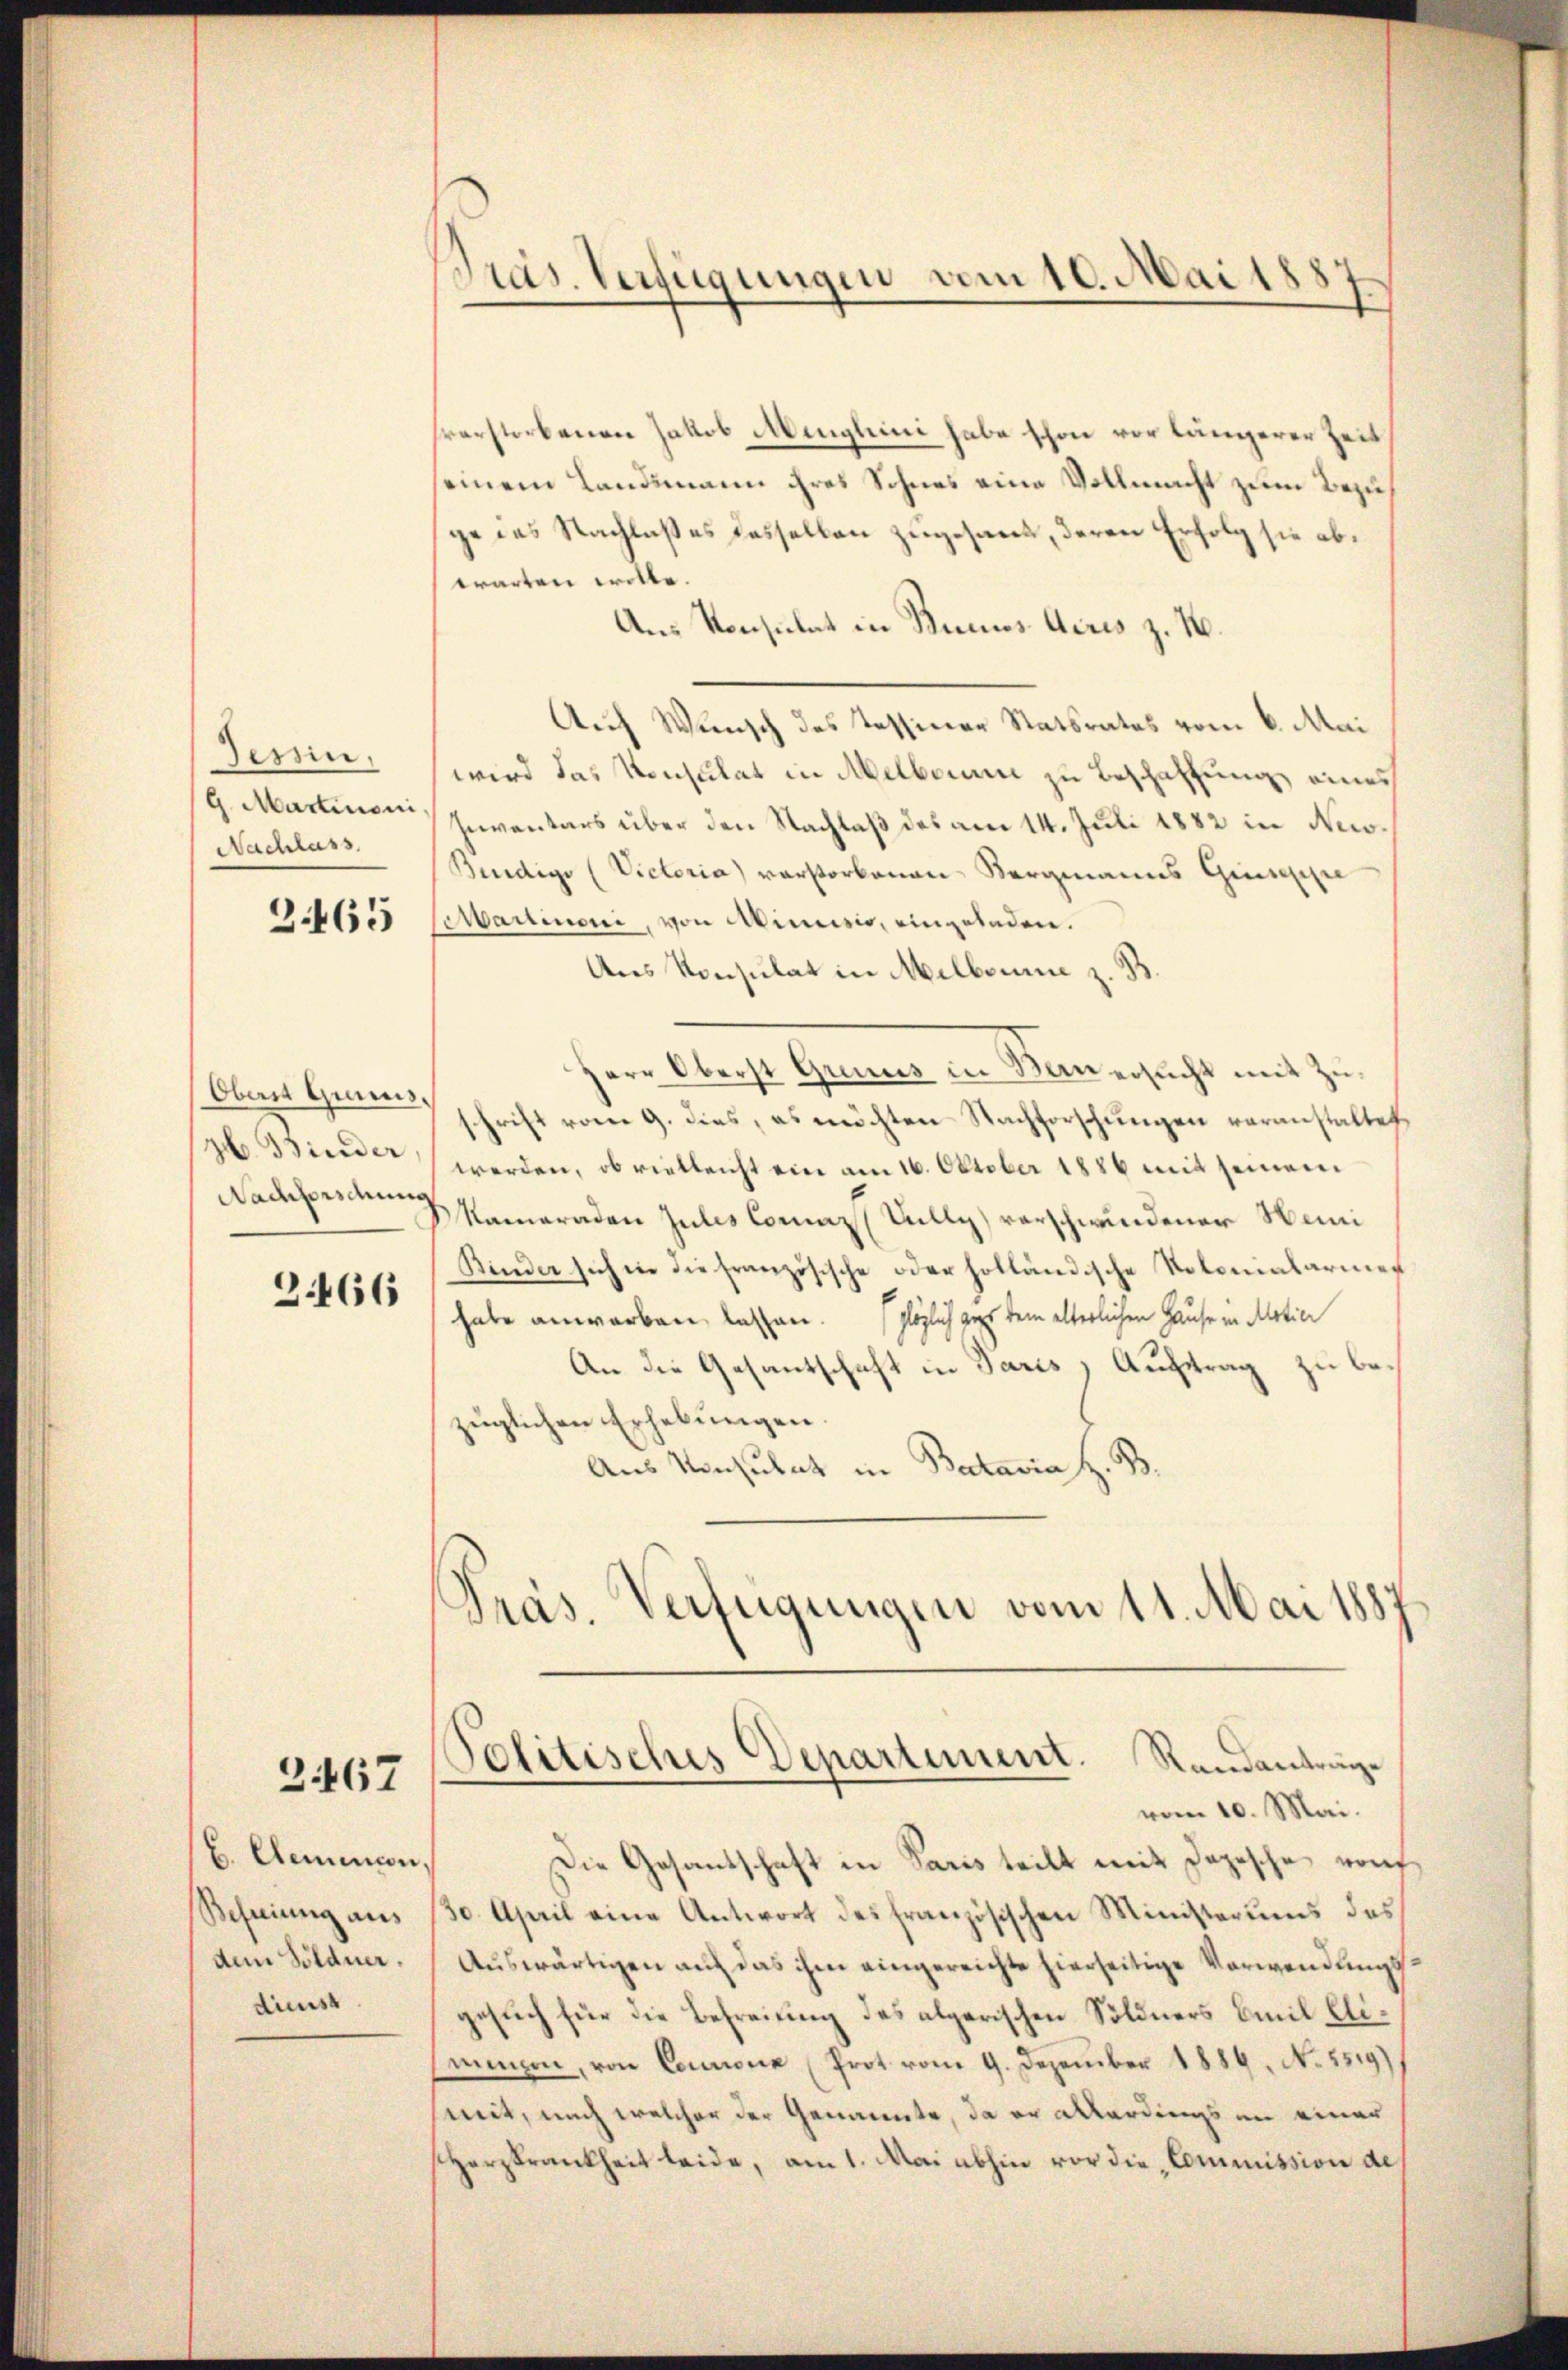
Tessin.
9. Martinoni,
Nachlass

2465

Obern Querreis,
zb. Binder
Nachforschung

3466

2467

6. Cemencon
Befreiung aus
dem Söldner
diess

Pras. Verfügungen vom 10. Mai 1887

hrerstorbenen Jakob Menglini habe schon vor längerer Zeit
seinem Landsmann ihres Sohnes eine Vollmacht zum Bezu
ge das Nachlaßes dasselben zugesant, deren Erfolg sie abwarten wolle.
Aus Konsulat in Runus Aires z. B.
Auf Wunsch des Tessiner Statsrates vom 6. Mai
wird das Konsulat in Melborum zu Beschaffung eines
Inventars über den Nachlaß des am 14. Juli 1882 in Ne¬
Bindigo (Victoria) verstorbenen Bergmanns Geschei
Martimoni, von Ainsis, eingeladen.
Ans Konsulat in Melborne z. B
Herr Oberst Grund in Bauersucht mit Zuschrift vom 9. dies, es möchten Nachforschungen voranstaltet
werden, ob vielleicht ein am 16. Oktober 1886 mit seinem
MKameraden Julis Comaz Vully) verschwindener Muni¬
Kinder sich in die französische oder holländische Kolonialarmer
habe anworben lassen. (plöglich gar dem elterlichen Hause in Motice
An die Gesantschaft in Paris, Auftrag zu bezüglichen Erhebungen.
Aus Konsulat in Batavia H. B.
Präs. Verfügungen vom 11. Mai 1887
Politisches Departement. Randanträge
vom 10. Mai.
Die Gesantschaft in Paris teilt mit Depesche von
30. April eine Antwort des französischen Ministerums des
Auswärtigen auf das ihm eingereichte hierseitige Verwendungsgesuch für die Befreiung des algerischen Söldners Emil Elimmon, von Courione (Prot vom 9. Dezember 1889. No. 5519),
mit, nach welcher der Genannte, da er allerdings an einer
Herzkrankheit leide, am 1. Mai abhin vor die Commission de